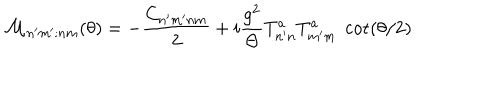
LaTeX: { \cal M } _ { n ^ { \prime } m ^ { \prime } ; n m } ( \theta ) = - \frac { C _ { n ^ { \prime } m ^ { \prime } n m } } { 2 } + i \frac { g ^ { 2 } } { \Theta } T _ { n ^ { \prime } n } ^ { a } T _ { m ^ { \prime } m } ^ { a } \; \cot ( \theta / 2 )